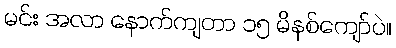
မင်း အလာ နောက်ကျတာ ၁၅ မိနစ်ကျော်ပဲ။